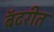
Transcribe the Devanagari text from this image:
बॅटरीत